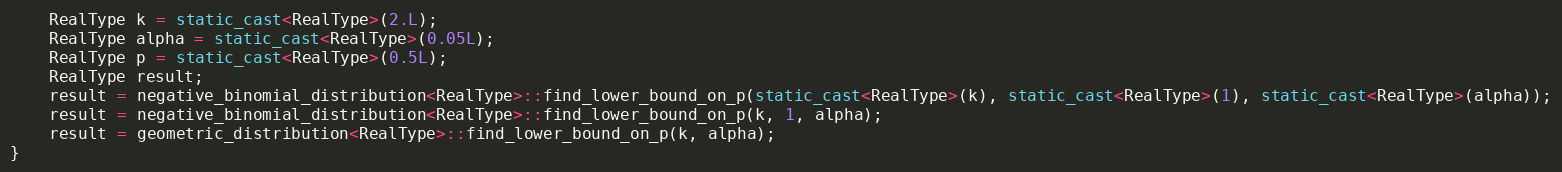
Language: C++
    RealType k = static_cast<RealType>(2.L);
    RealType alpha = static_cast<RealType>(0.05L);
    RealType p = static_cast<RealType>(0.5L);
    RealType result;
    result = negative_binomial_distribution<RealType>::find_lower_bound_on_p(static_cast<RealType>(k), static_cast<RealType>(1), static_cast<RealType>(alpha));
    result = negative_binomial_distribution<RealType>::find_lower_bound_on_p(k, 1, alpha);
    result = geometric_distribution<RealType>::find_lower_bound_on_p(k, alpha);
}